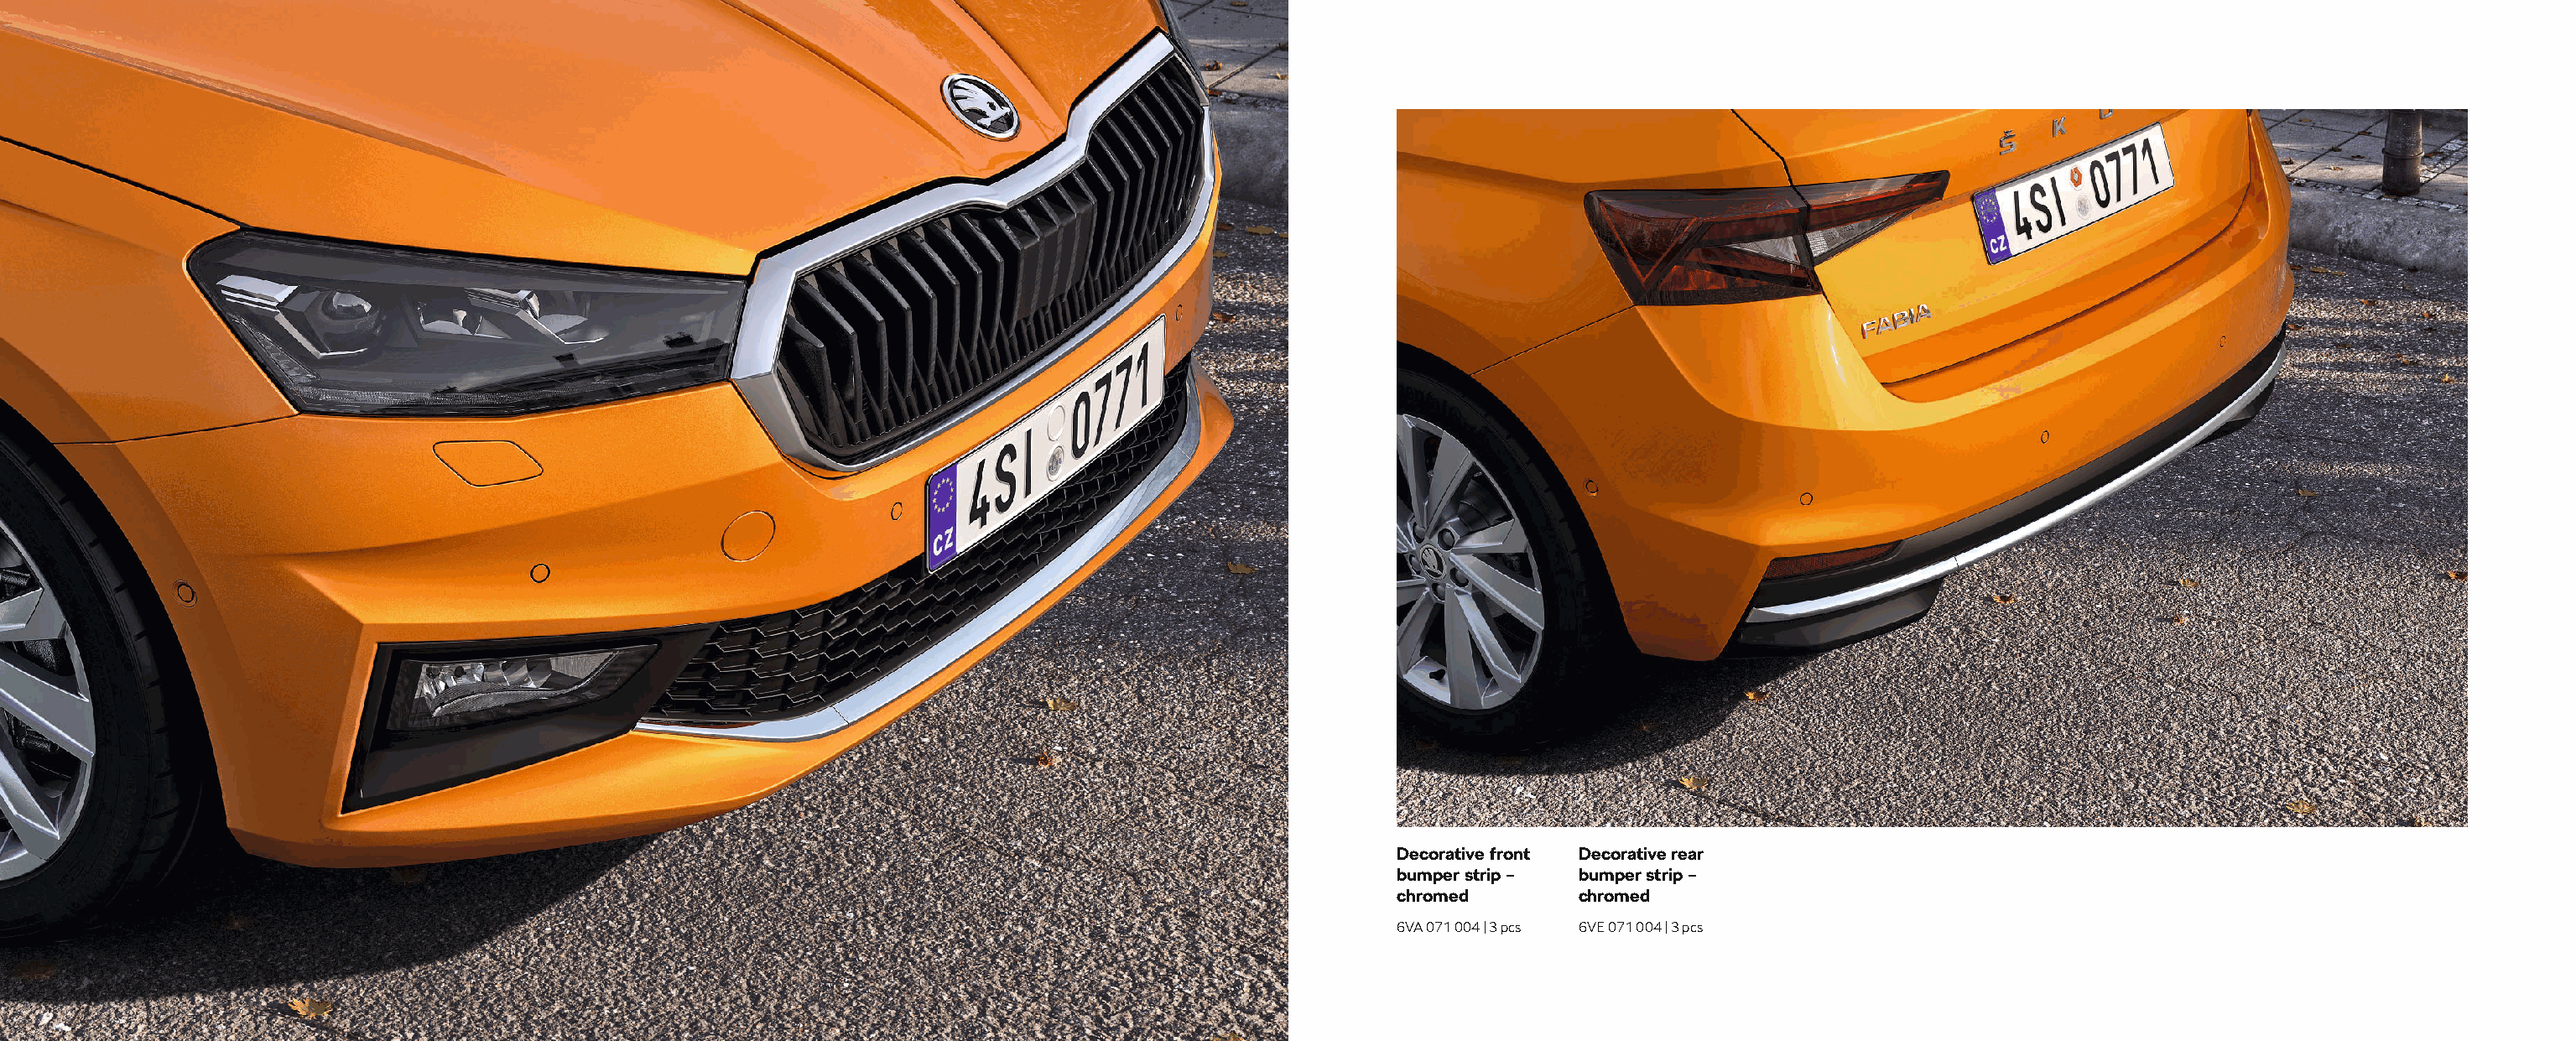
Decorative front Decorative rear
 bumper strip – bumper strip –
 chromed        chromed
 6VA 071 004 | 3 pcs 6VE 071 004 | 3 pcs